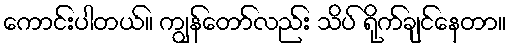
ကောင်းပါတယ်။ ကျွန်တော်လည်း သိပ် ရိုက်ချင်နေတာ။